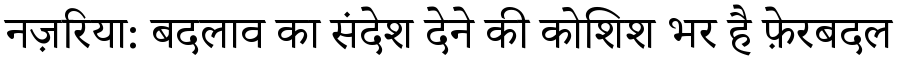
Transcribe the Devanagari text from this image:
नज़रिया: बदलाव का संदेश देने की कोशिश भर है फ़ेरबदल